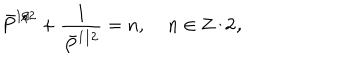
\bar { P } ^ { 1 / 2 } + \frac { 1 } { \bar { P } ^ { 1 / 2 } } = n , \; n \in \bf { Z } / 2 ,